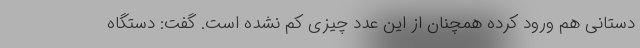
دستانی هم ورود کرده همچنان از این عدد چیزی کم نشده است. گفت: دستگاه